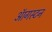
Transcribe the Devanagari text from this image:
ऑगस्टन